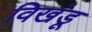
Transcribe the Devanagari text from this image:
विखंडू